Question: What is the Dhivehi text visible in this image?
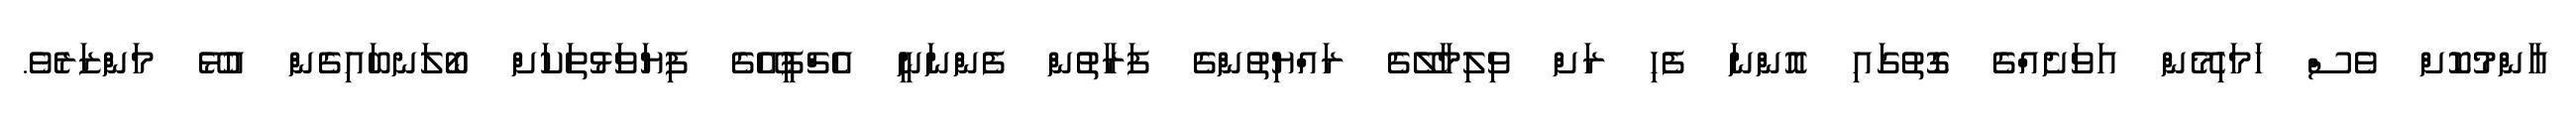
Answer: އާންމުކޮށް ވެސް ހަމަހިމޭން އަވަށެއްގެ ގޮތުގައި އޮންނަ ފެހި ރަށް ވިލިމާލޭގެ ރައްޔިތުންގެ ފަރާތުން ފެންނަނީ އެޗްޕީއޭގެ ފިޔަވަޅުތަކަށް ބޯލަނބައިގެން އުޅޭ މަންޒަރެވެ.